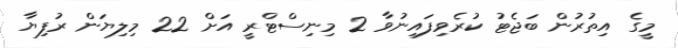
މީގެ އިތުރުން ބަޖެޓު ކުރެވިފައިނުވާ 2 މިނިސްޓްރީ އަށް 22 މިލިޔަން ރުފިޔާ